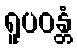
ရူပဝန္တံ